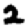
Digit: 2